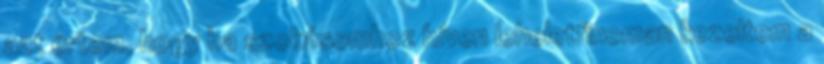
azt értem, hogy ha szokásomhoz híven leheletfinoman kezeltem a